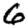
Digit: 6